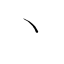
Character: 丶